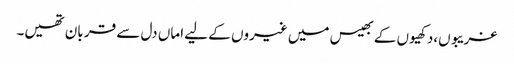
غریبوں،دکھیوں کے بھیس میں غیروں کے لیے اماں دل سے قر بان تھیں۔